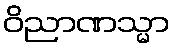
ဝိညာဏသ္မာ